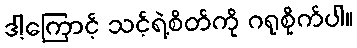
ဒါ့ကြောင့် သင့်ရဲ့စိတ်ကို ဂရုစိုက်ပါ။